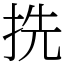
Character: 㧥